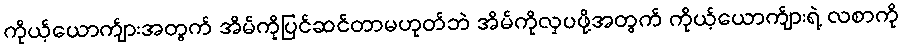
ကိုယ့်ယောက်ျားအတွက် အိမ်ကိုပြင်ဆင်တာမဟုတ်ဘဲ အိမ်ကိုလှပဖို့အတွက် ကိုယ့်ယောက်ျားရဲ့ လစာကို